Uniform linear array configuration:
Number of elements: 16
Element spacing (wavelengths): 1
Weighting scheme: binomial
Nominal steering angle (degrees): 15
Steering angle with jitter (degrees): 15.336
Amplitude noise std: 0.05
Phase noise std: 0.05

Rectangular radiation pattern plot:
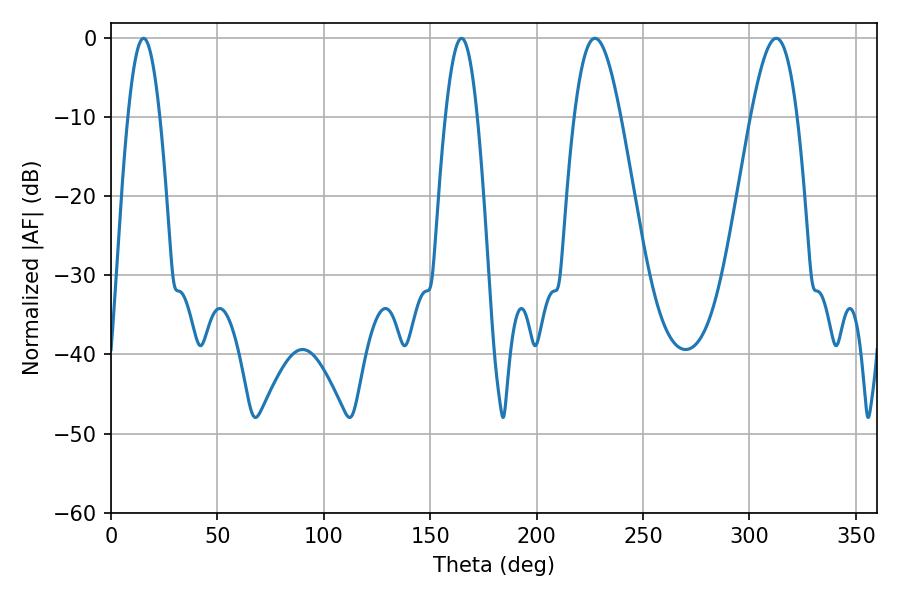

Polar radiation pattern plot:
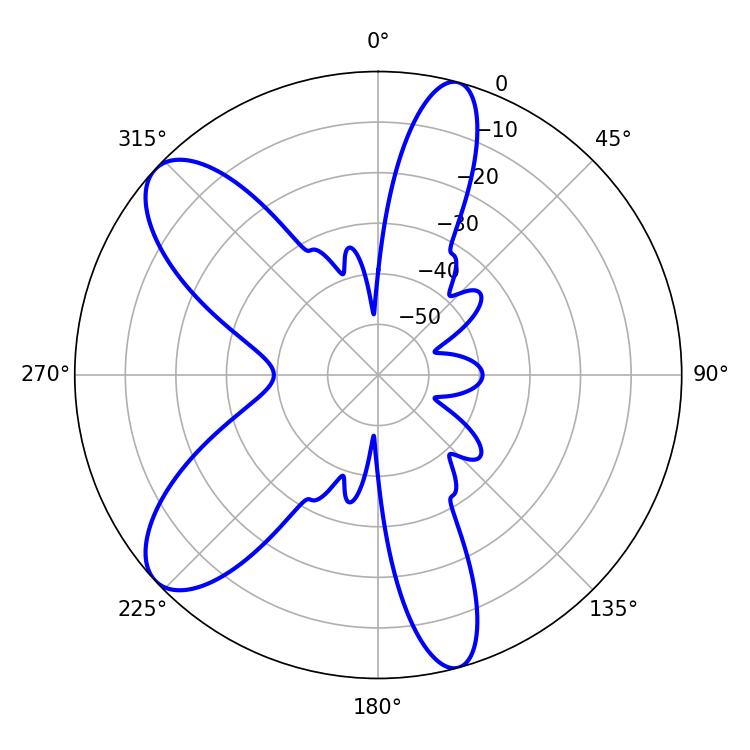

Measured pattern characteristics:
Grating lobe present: TRUE
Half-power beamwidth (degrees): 8.1
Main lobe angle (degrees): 15.3